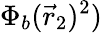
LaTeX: \Phi_{b}({\vec{r}}_{2})^{2})